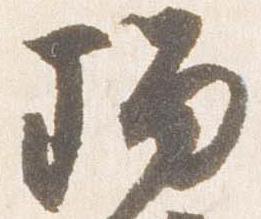
瑠